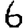
Digit: 6